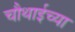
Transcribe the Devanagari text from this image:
चौथाईच्या